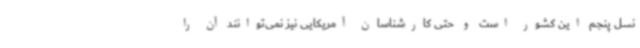
نسل پنجم این کشور است و حتی کارشناسان آمریکایی نیز نمی‌توانند آن را